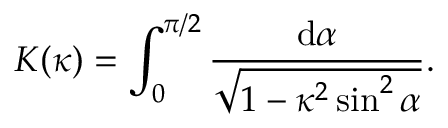
K ( \kappa ) = \int _ { 0 } ^ { \pi / 2 } \frac { \mathrm { d } \alpha } { \sqrt { 1 - \kappa ^ { 2 } \sin ^ { 2 } \alpha } } .